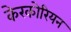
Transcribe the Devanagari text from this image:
केरकोरियन